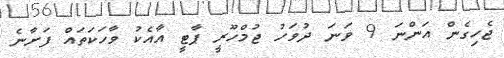
ޖެހިގެން އަންނަ 9 ވަނަ ދުވަހު ޖުމްހޫރީ ޕާޓީ އާއެކު ވާހަކަތައް ފަށާނެ